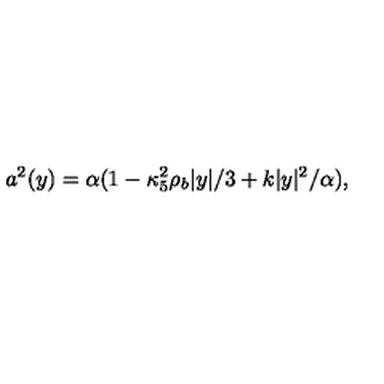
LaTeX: a ^ { 2 } ( y ) = \alpha ( 1 - \kappa _ { 5 } ^ { 2 } \rho _ { b } | y | / 3 + k | y | ^ { 2 } / \alpha ) ,